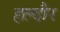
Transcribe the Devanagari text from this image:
हल्दौर